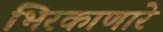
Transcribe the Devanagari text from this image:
भिरकाणारे